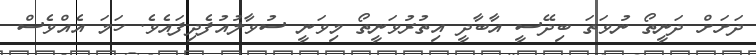
ދަށަށް ދަނީތޯ ނުވަތަ ބިދޭސީ އާބާދީ އިތުރުވަނީތޯ މިވަނީ ސުވާލުއުފެދިފައެވެ. ހަމަ އެއްވެސް